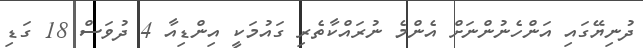
ދުނިޔޭގައި އަންހެނުންނަށް އެންމެ ނުރައްކާތެރި ގައުމަކީ އިންޑިއާ 4 ދުވަސް 18 ގަޑި